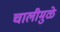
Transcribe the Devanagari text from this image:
चालीमुळे